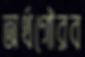
অর্থগৌরব